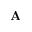
\mathbf { A }